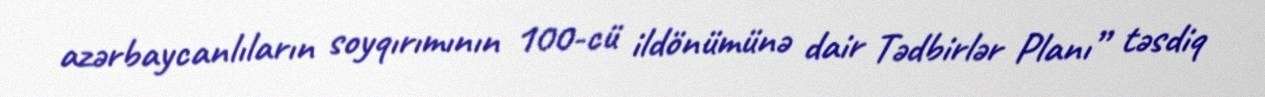
azərbaycanlıların soyqırımının 100-cü ildönümünə dair Tədbirlər Planı” təsdiq